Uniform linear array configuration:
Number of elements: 8
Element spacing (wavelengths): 0.5
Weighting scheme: exponential
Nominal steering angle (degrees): -15
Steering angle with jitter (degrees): -13.661
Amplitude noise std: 0.05
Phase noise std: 0.05

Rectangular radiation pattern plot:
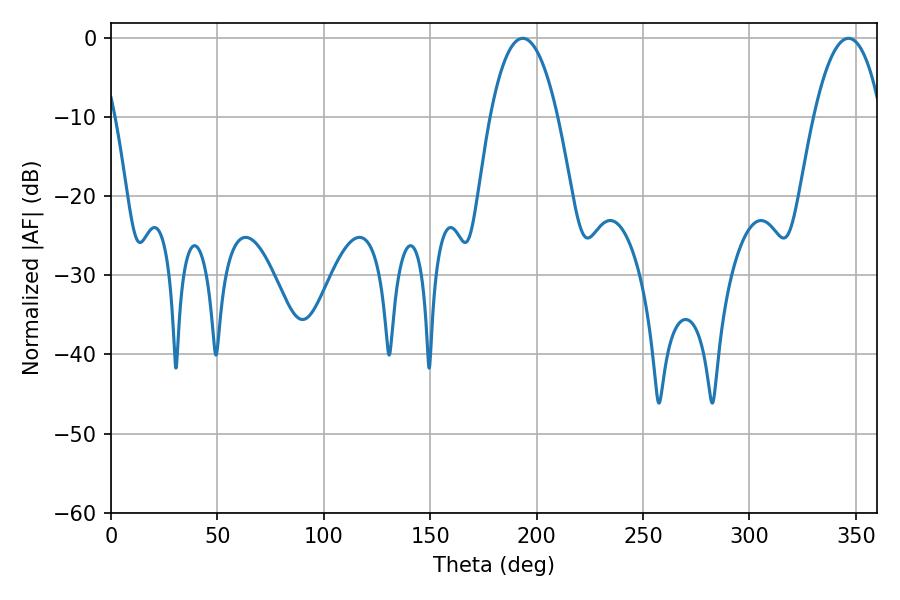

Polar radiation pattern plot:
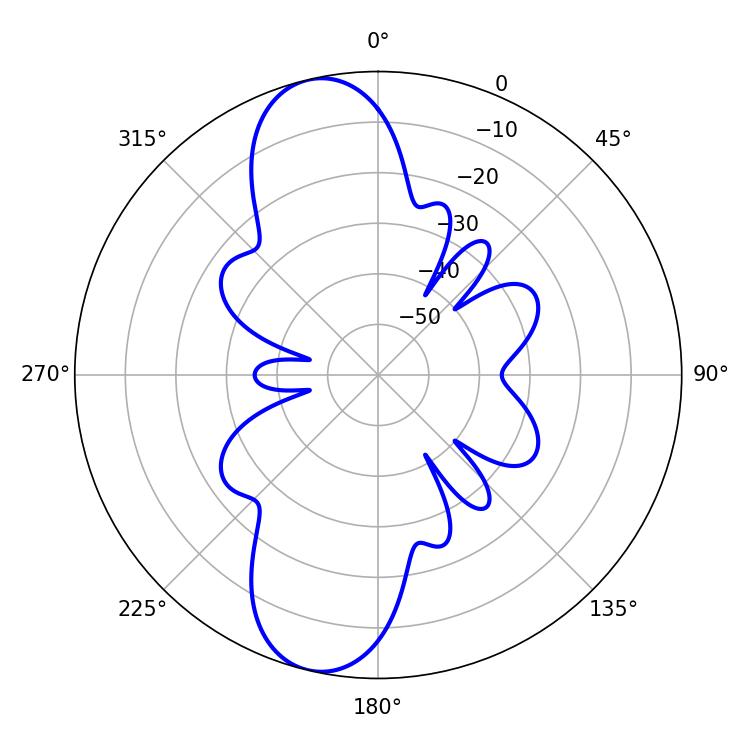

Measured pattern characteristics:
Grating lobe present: FALSE
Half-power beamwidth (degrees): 17.64
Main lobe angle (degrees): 193.5